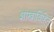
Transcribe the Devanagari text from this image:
शाखाविहिन